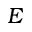
E